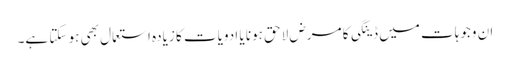
ان وجوہات میں ڈینگی کا مرض لاحق ہونا یا ادویات کا زیادہ استعمال بھی ہو سکتا ہے۔